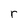
Character: r